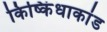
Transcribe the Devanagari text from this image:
किष्किंधाकांड